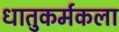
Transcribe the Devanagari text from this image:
धातुकर्मकला